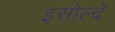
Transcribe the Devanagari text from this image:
इसोल्दे